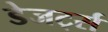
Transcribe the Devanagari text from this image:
डेजर्ट्स